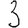
Digit: 3